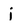
Character: j